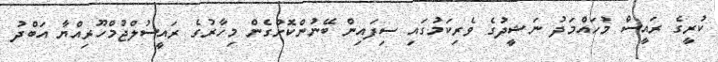
ކުރީގެ ރައީސް މުހައްމަދު ނަޝީދުގެ ވެރިކަމުގައި ސިފައިން ބޭނުންކޮށްގެން މިހާރުގެ ރައީސުލްޖުމްހޫރިއްޔާ އަބްދު